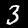
Digit: 3